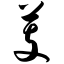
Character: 芰